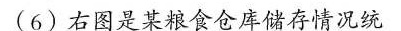
(6)右图是某粮食仓库储存情